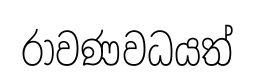
රාවණවධයත්